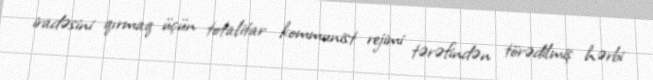
iradəsini qırmaq üçün totalitar kommunist rejimi tərəfindən törədilmiş hərbi